Indian journal of veterinary science and animal husbandry - Volume 9,
Year: 1939
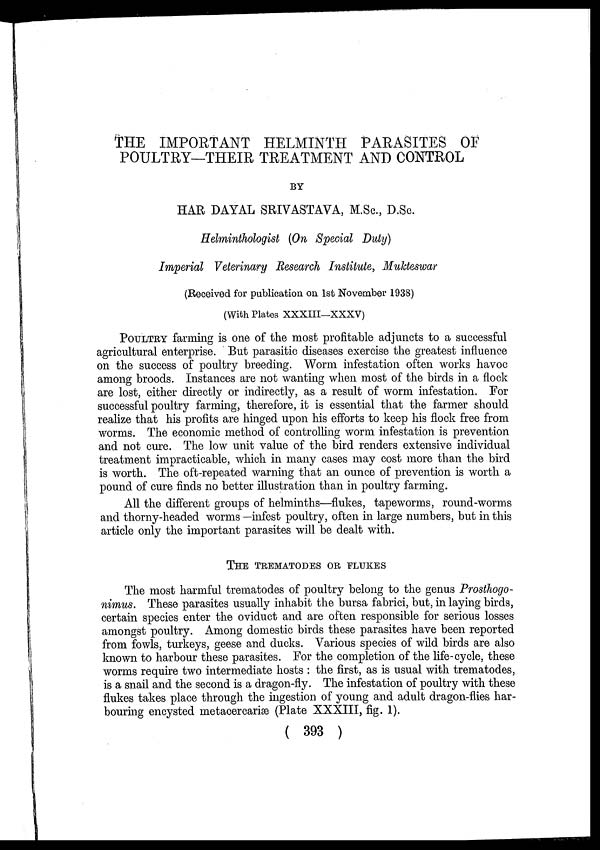
THE IMPORTANT HELMINTH PARASITES OF
POULTRY—THEIR TREATMENT AND CONTROL
BY
HAR DAYAL SRIVASTAVA, M.Sc., D.Sc.
Helminthologist (On Special Duty)
Imperial Veterinary Research Institute, Mukteswar
(Received for publication on 1st November 1938)
(With Plates XXXIII—XXXV)
POULTRY farming is one of the most profitable adjuncts to a successful
agricultural enterprise. But parasitic diseases exercise the greatest influence
on the success of poultry breeding. Worm infestation often works havoc
among broods. Instances are not wanting when most of the birds in a flock
are lost, either directly or indirectly, as a result of worm infestation. For
successful poultry farming, therefore, it is essential that the farmer should
realize that his profits are hinged upon his efforts to keep his flock free from
worms. The economic method of controlling worm infestation, is prevention
and not cure. The low unit value of the bird renders extensive individual
treatment impracticable, which in many cases may cost more than the bird
is worth. The oft-repeated warning that an ounce of prevention is worth a
pound of cure finds no better illustration than in poultry farming.
All the different groups of helminths—flukes, tapeworms, round-worms
and thorny-headed worms—infest poultry, often in large numbers, but in this
article only the important parasites will be dealt with.
THE TREMATODES OR FLUKES
The most harmful trematodes of poultry belong to the genus Prosthogo-
nimus. These parasites usually inhabit the bursa fabrici, but, in laying birds,
certain species enter the oviduct and are often responsible for serious losses
amongst poultry. Among domestic birds these parasites have been reported
from fowls, turkeys, geese and ducks. Various species of wild birds are also
known to harbour these parasites. For the completion of the life-cycle, these
worms require two intermediate hosts : the first, as is usual with trematodes,
is a snail and the second is a dragon-fly. The infestation of poultry with these
flukes takes place through the ingestion of young and adult dragon-flies har-
bouring encysted metacercariæ (Plate XXXIII, fig. 1).
( 393 )